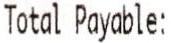
TOTAL PAYABLE: